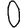
Digit: 0